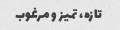
تازه، تمیز و مرغوب